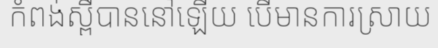
កំពង់ស្ពឺបាននៅឡើយ បើមានការស្រាយ